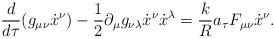
LaTeX: \begin{align*}\frac{d}{d\tau}(g_{\mu \nu} {\dot{x}}^\nu) - \frac{1}{2}\partial_\mu g_{\nu \lambda} {\dot{x}}^\nu {\dot{x}}^\lambda = \frac{k}{R}{a_\tau} F_{\mu \nu} {\dot{x}}^\nu .\end{align*}